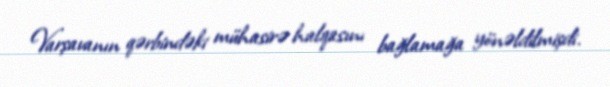
Varşavanın qərbindəki mühasirə halqasını bağlamağa yönəldilmişdi.